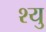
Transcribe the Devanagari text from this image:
श्यु